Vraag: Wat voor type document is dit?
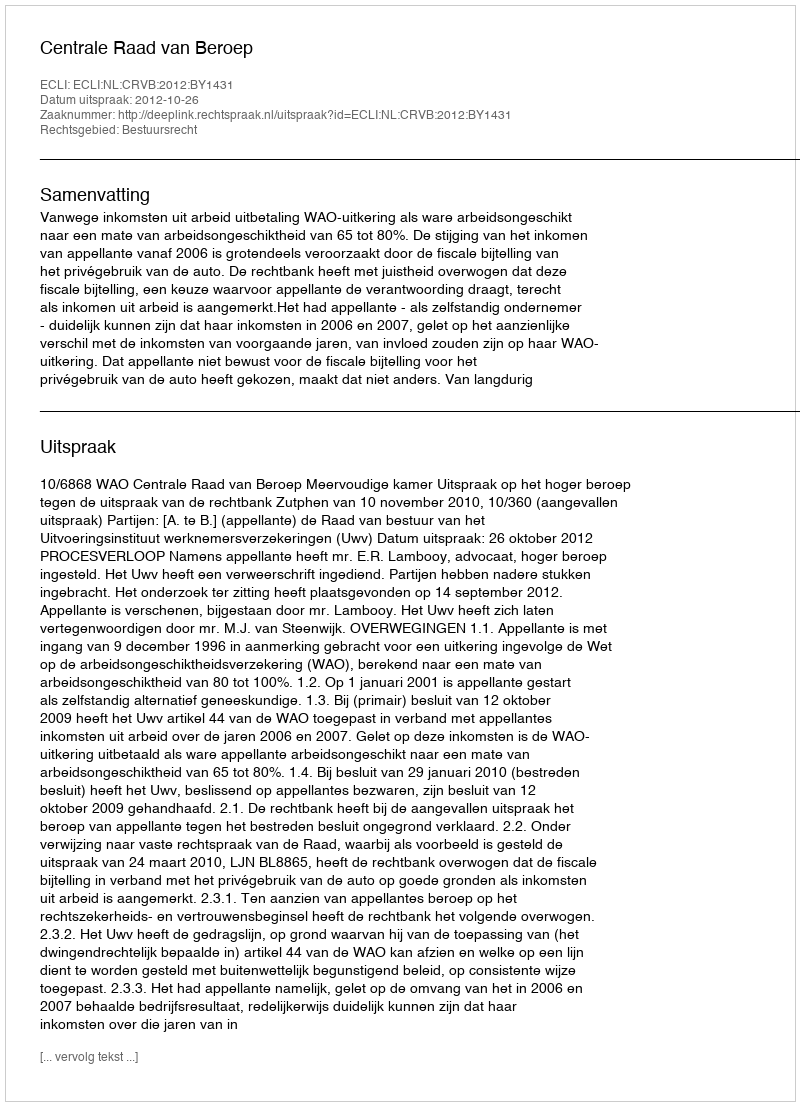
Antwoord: Uitspraak